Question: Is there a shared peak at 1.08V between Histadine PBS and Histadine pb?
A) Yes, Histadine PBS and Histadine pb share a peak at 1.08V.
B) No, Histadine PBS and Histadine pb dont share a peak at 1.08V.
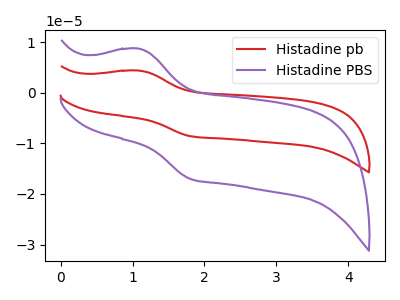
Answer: <think>The red curve "Histadine pb" has an anodic peak at (1.10V, 4.40uA) and a cathodic peak at (1.80V, -8.55uA). The purple curve "Histadine PBS" has an anodic peak at (1.10V, 8.75uA) and a cathodic peak at (1.80V, -17.00uA).</think>
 <answer>A) Yes, "Histadine PBS" and "Histadine pb" share a peak at 1.08V.</answer>
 <eval>A</eval>